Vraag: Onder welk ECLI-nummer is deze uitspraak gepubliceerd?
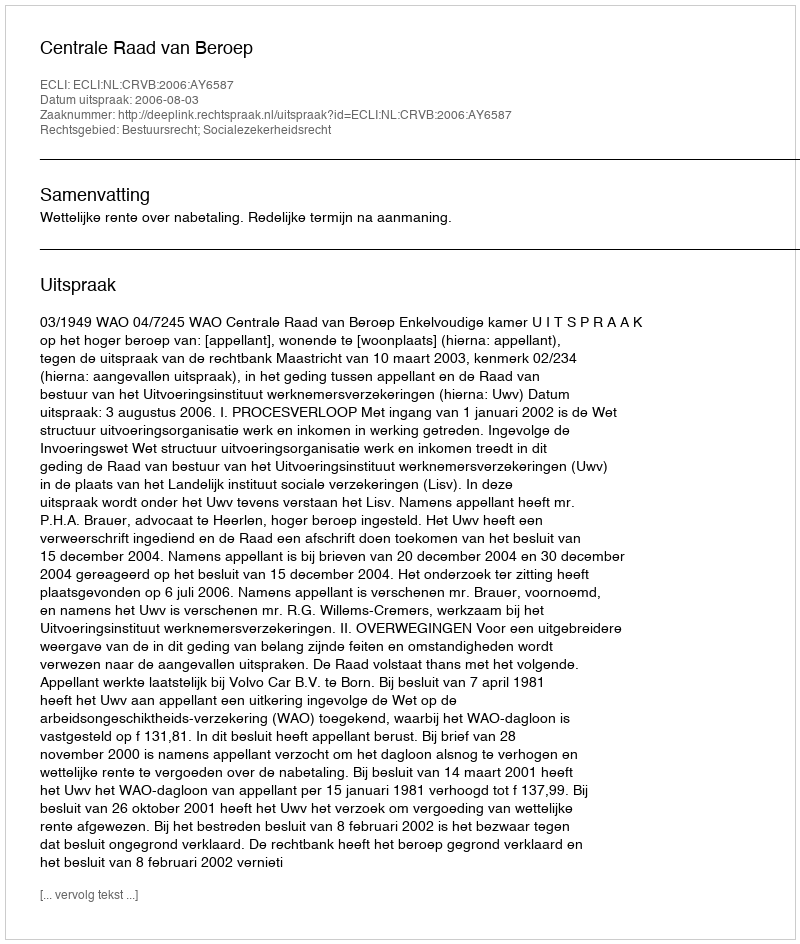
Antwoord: ECLI:NL:CRVB:2006:AY6587